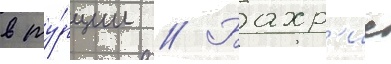
в ту́рции // Бахр'ие